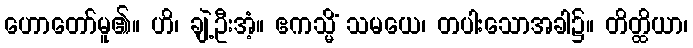
ဟောတော်မူ၏။ ဟိ၊ ချဲ့ဦးအံ့။ ဧကသ္မိံ သမယေ၊ တပါးသောအခါ၌။ တိတ္ထိယာ၊